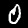
Digit: 0